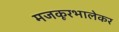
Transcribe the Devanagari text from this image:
मजकूरभालेकर